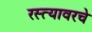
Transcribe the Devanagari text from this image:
रस्त्यावरचे